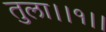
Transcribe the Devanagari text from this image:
तुला।।१।।